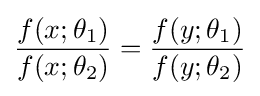
{\frac {f(x;\theta _{1})}{f(x;\theta _{2})}}={\frac {f(y;\theta _{1})}{f(y;\theta _{2})}}